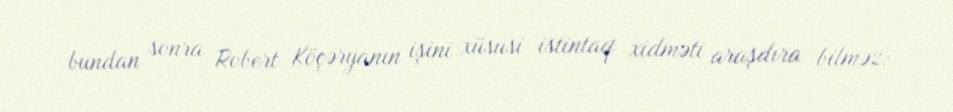
bundan sonra Robert Köçəryanın işini xüsusi istintaq xidməti araşdıra bilməz: